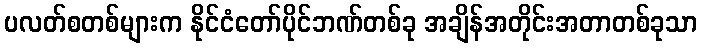
ပလတ်စတစ်များက နိုင်ငံတော်ပိုင်ဘဏ်တစ်ခု အချိန်အတိုင်းအတာတစ်ခုသာ